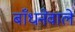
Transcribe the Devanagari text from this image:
बाँधनेवाले